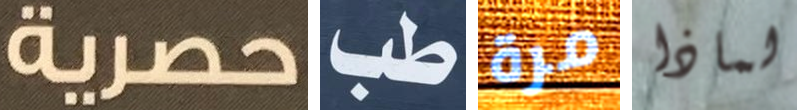
حصرية طب مرة لماذا